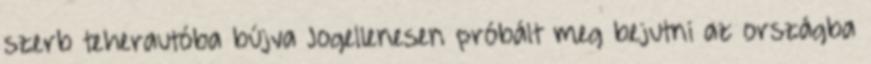
szerb teherautóba bújva Jogellenesen próbált meg bejutni az országba